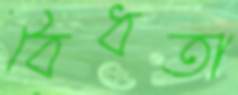
বৈধতা